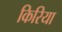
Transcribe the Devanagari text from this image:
किरिया